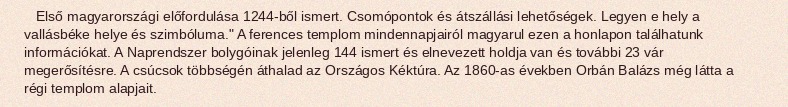
Első magyarországi előfordulása 1244-ből ismert. Csomópontok és átszállási lehetőségek. Legyen e hely a vallásbéke helye és szimbóluma." A ferences templom mindennapjairól magyarul ezen a honlapon találhatunk információkat. A Naprendszer bolygóinak jelenleg 144 ismert és elnevezett holdja van és további 23 vár megerősítésre. A csúcsok többségén áthalad az Országos Kéktúra. Az 1860-as években Orbán Balázs még látta a régi templom alapjait.